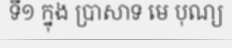
ទី១ ក្នុង ប្រាសាទ មេ បុណ្យ